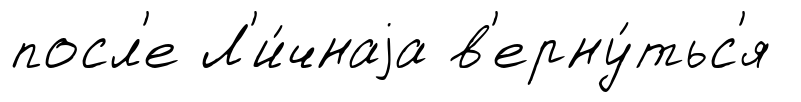
посл'е Л'и́чнаjа в'ерну́тьс'я